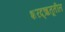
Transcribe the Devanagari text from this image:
शरद्‌ऋतूतील